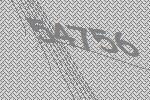
54756